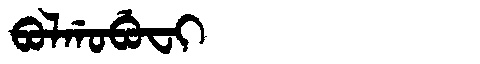
Manchu: ᠪᠣᠯᡤᠣᠪᡠᠸᡳ
Romanization: BOLGOBUFI